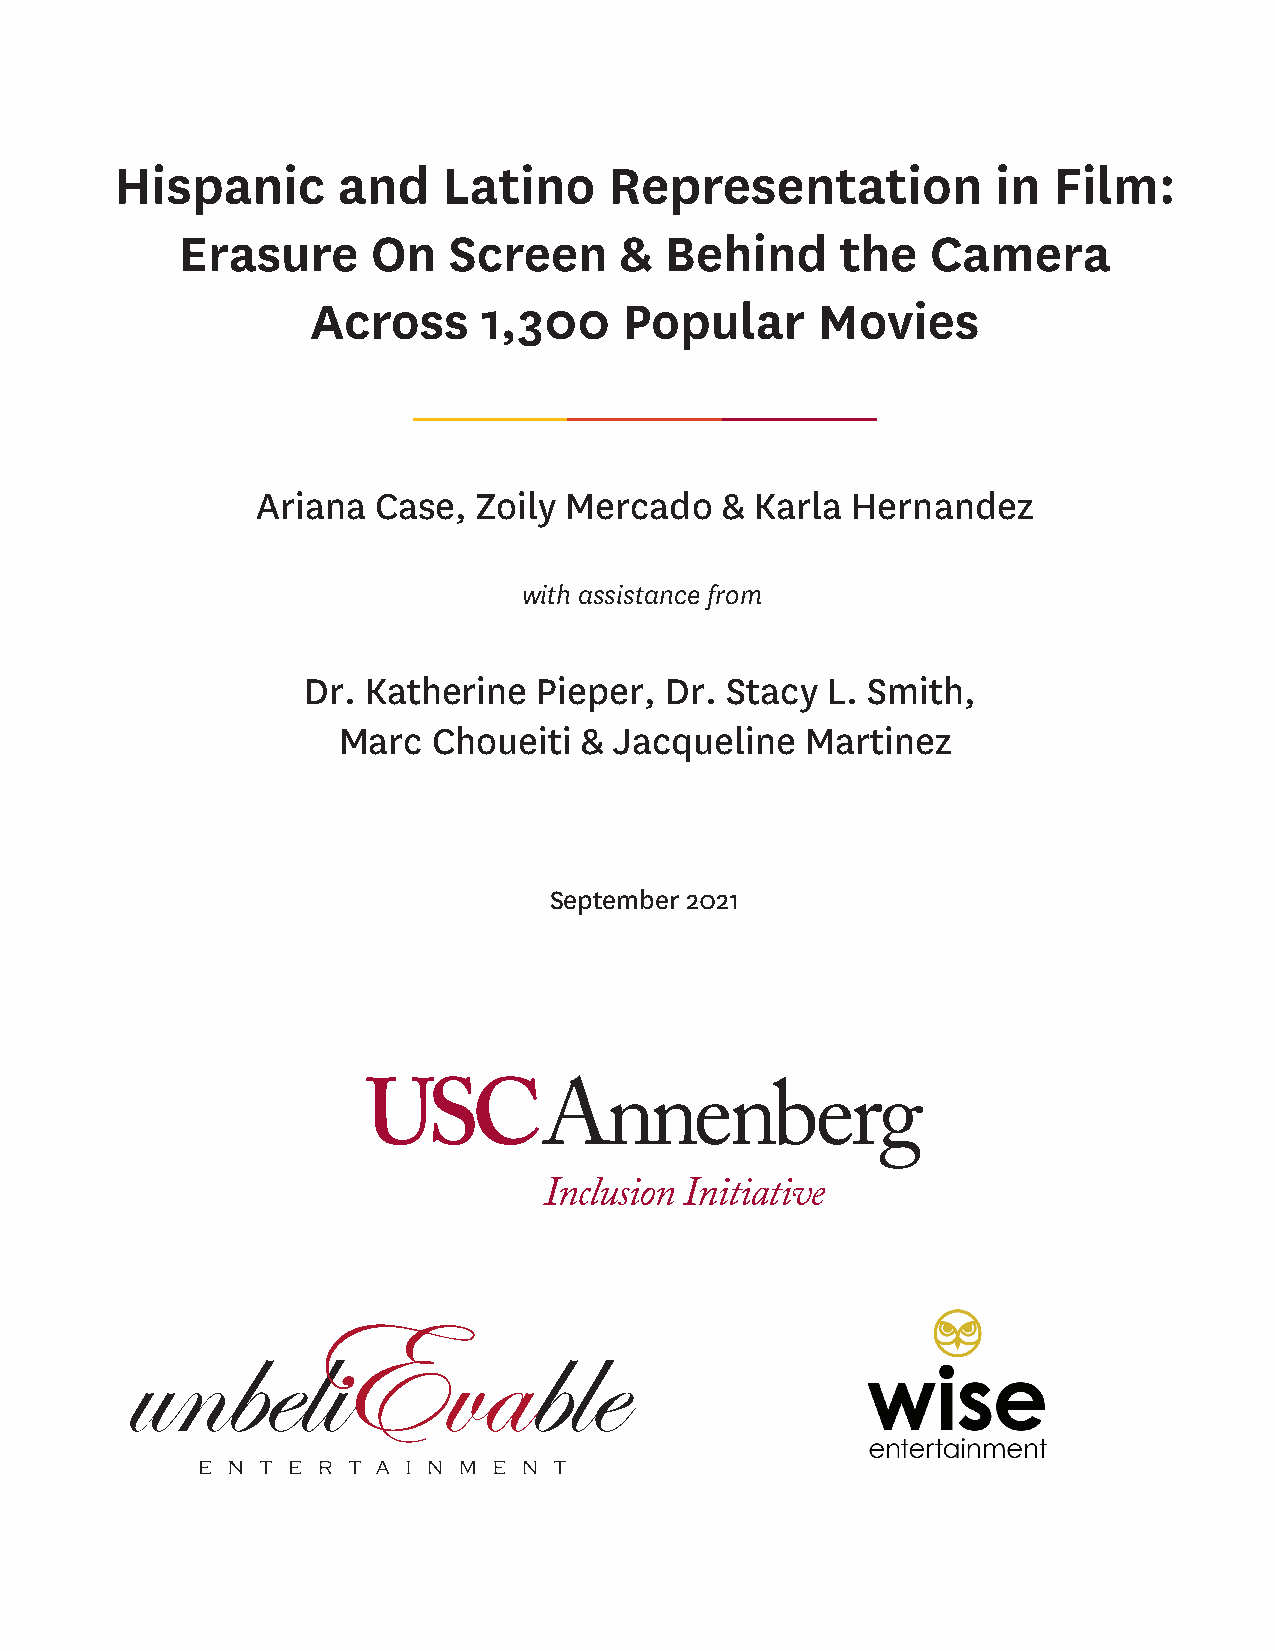
Hispanic      and    Latino     Representation            in  Film:
 Erasure      On   Screen     &  Behind      the   Camera
 Across     1,300    Popular      Movies
 Ariana  Case,  Zoily Mercado   & Karla Hernandez
 with assistance from
 Dr. Katherine   Pieper, Dr. Stacy  L. Smith,
 Marc   Choueiti &  Jacqueline  Martinez
 September 2021